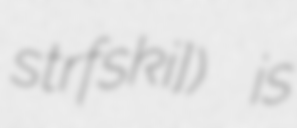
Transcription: ɔsˈtrɔfskʲi]) is